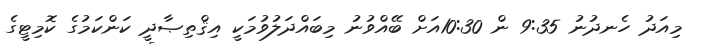
މިއަދު ހެނދުނު 9:35 ން 10:30އަށް ބޭއްވުނު މިބައްދަލުވުމަކީ އިޤްތިޞާދީ ކަންކަމުގެ ކޮމިޓީގެ